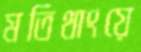
মতিথাংয়ে